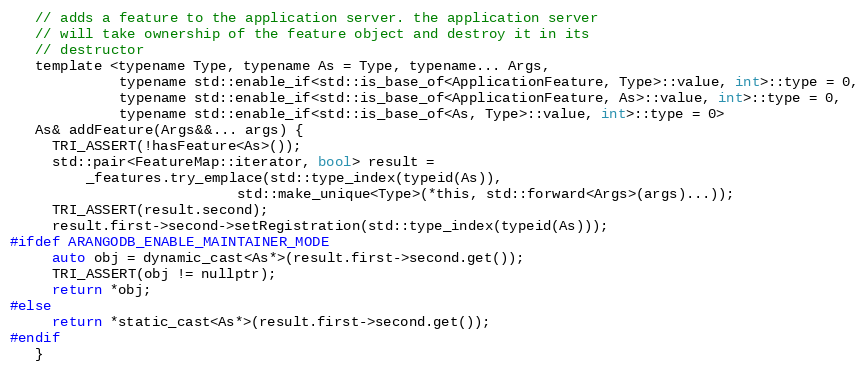
Language: C
   // adds a feature to the application server. the application server
   // will take ownership of the feature object and destroy it in its
   // destructor
   template <typename Type, typename As = Type, typename... Args,
             typename std::enable_if<std::is_base_of<ApplicationFeature, Type>::value, int>::type = 0,
             typename std::enable_if<std::is_base_of<ApplicationFeature, As>::value, int>::type = 0,
             typename std::enable_if<std::is_base_of<As, Type>::value, int>::type = 0>
   As& addFeature(Args&&... args) {
     TRI_ASSERT(!hasFeature<As>());
     std::pair<FeatureMap::iterator, bool> result =
         _features.try_emplace(std::type_index(typeid(As)),
                           std::make_unique<Type>(*this, std::forward<Args>(args)...));
     TRI_ASSERT(result.second);
     result.first->second->setRegistration(std::type_index(typeid(As)));
#ifdef ARANGODB_ENABLE_MAINTAINER_MODE
     auto obj = dynamic_cast<As*>(result.first->second.get());
     TRI_ASSERT(obj != nullptr);
     return *obj;
#else
     return *static_cast<As*>(result.first->second.get());
#endif
   }